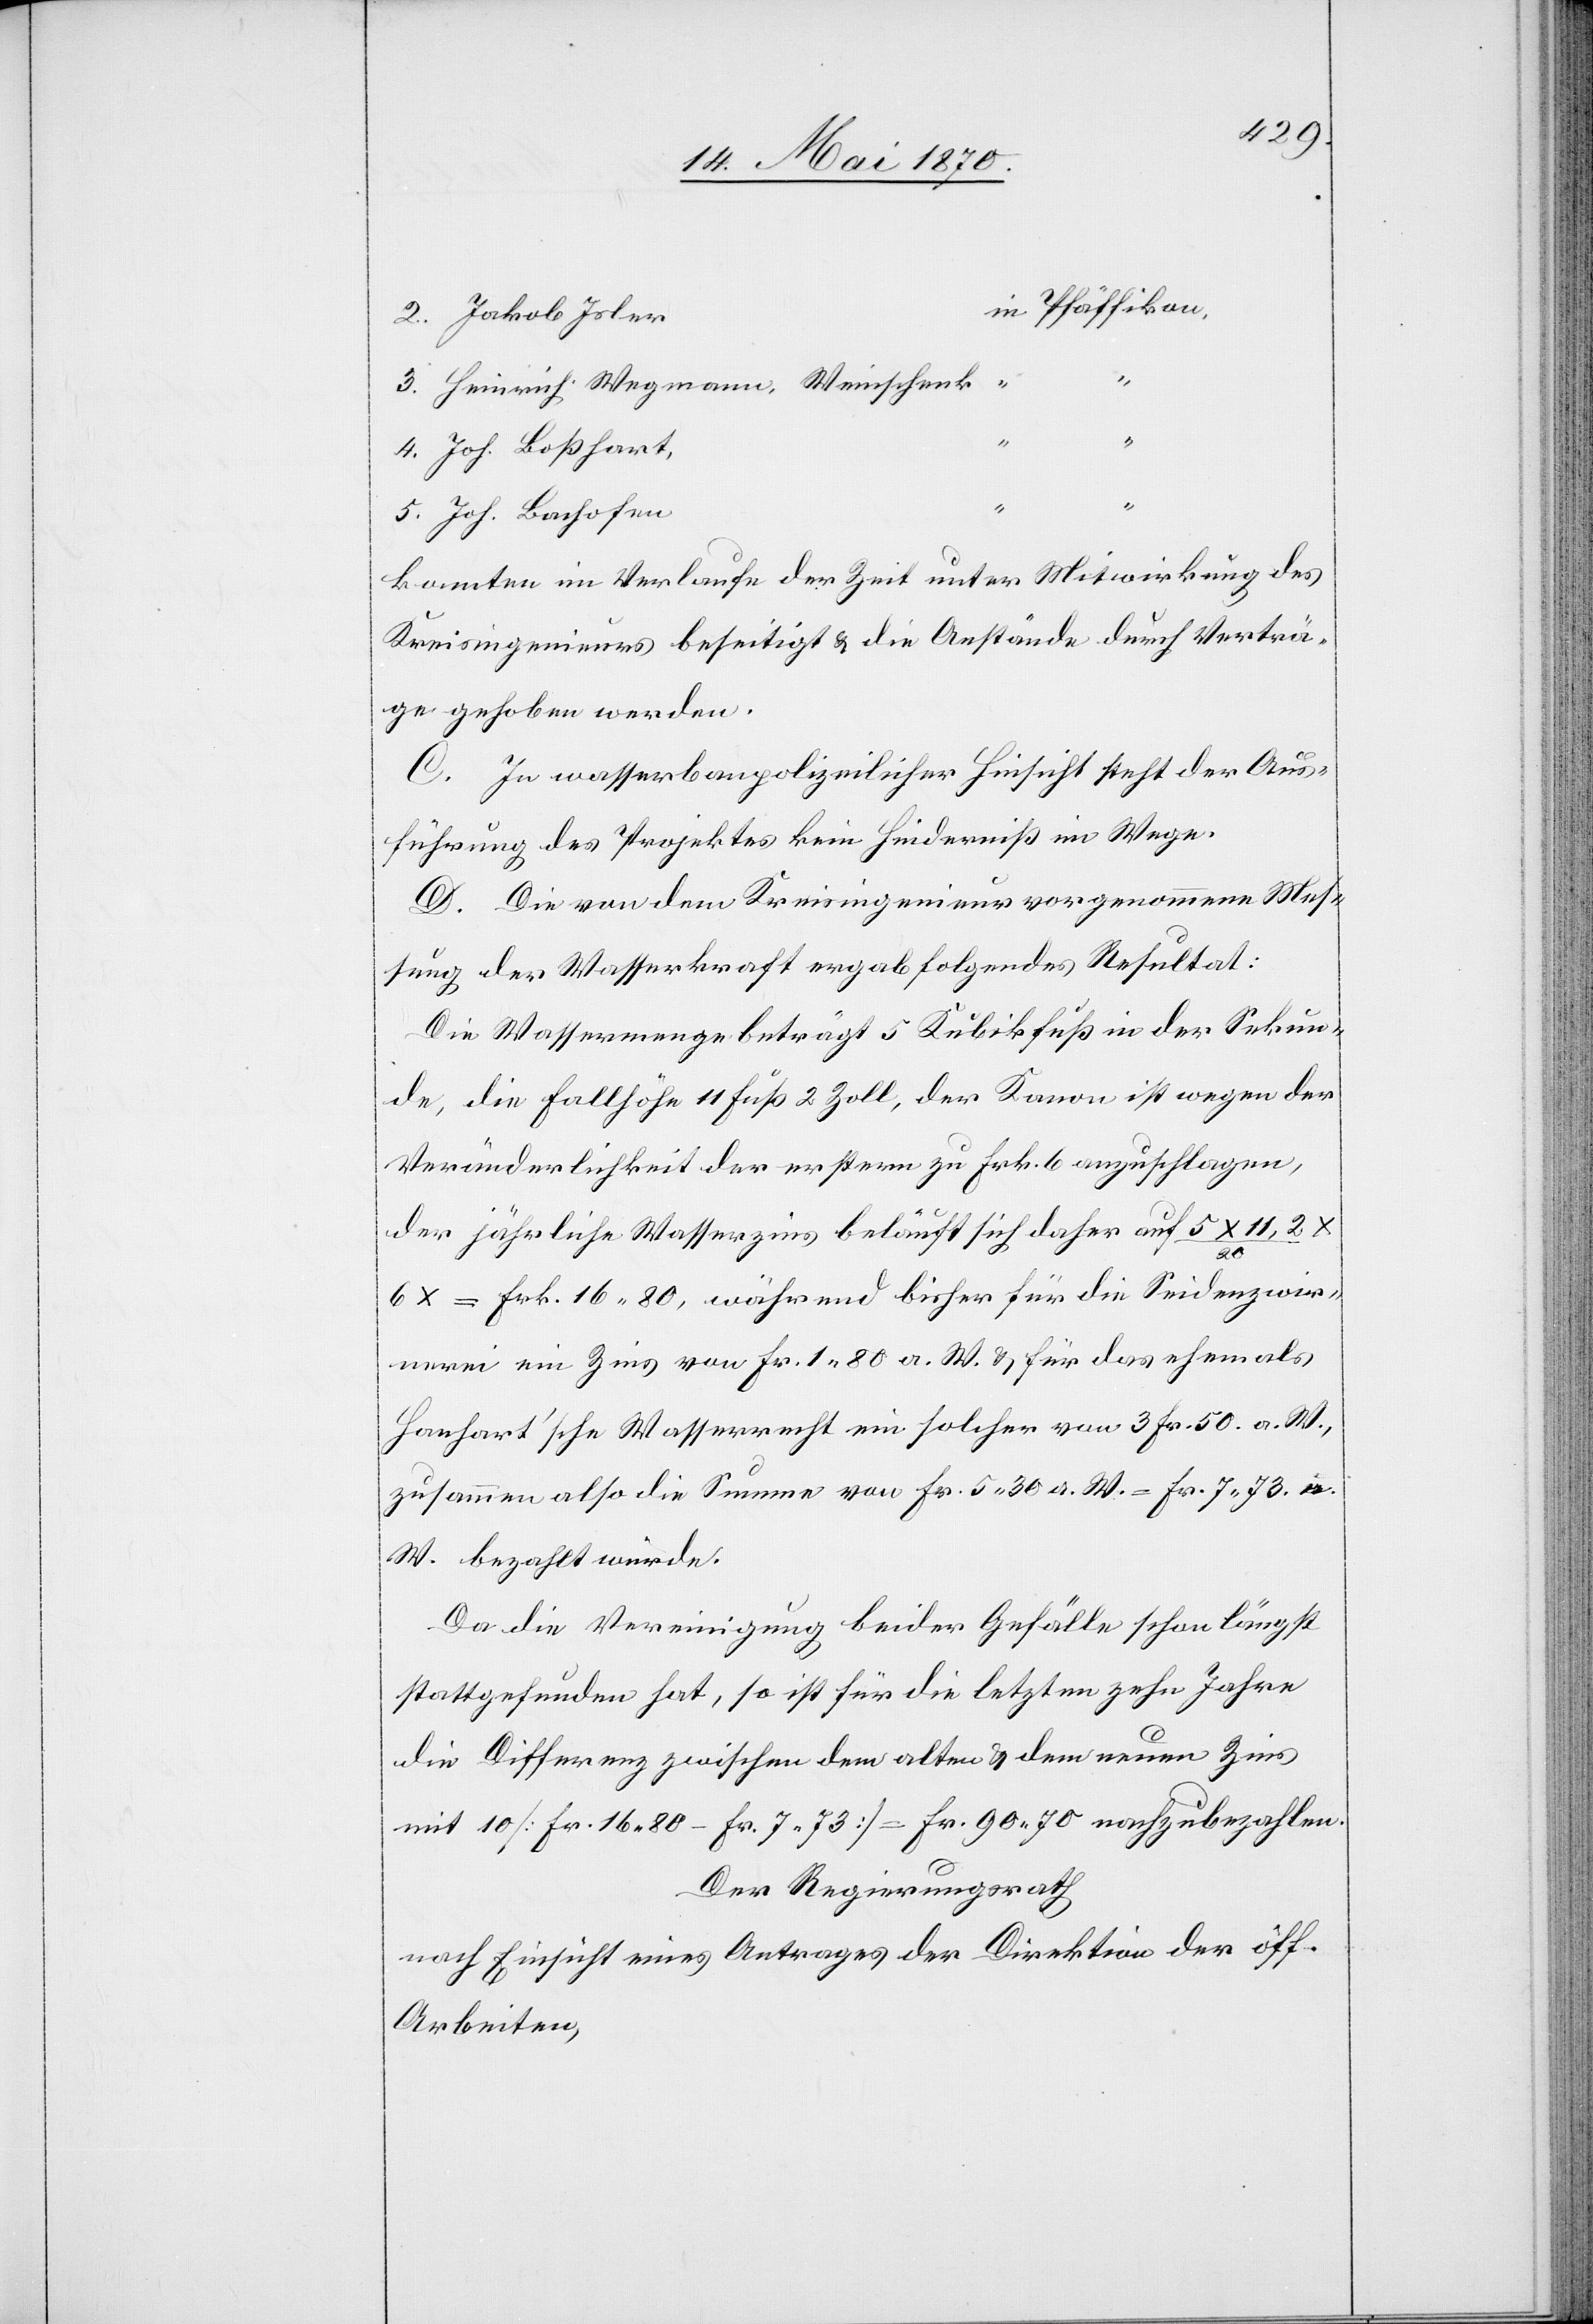
n Pfäffikon,
2. Jakob Isler	i¬
3. Heinrich Wegmann, Weinschenk,
4. Joh. Boßhart,
“
5. Joh. Bachofen
konnten im Verlaufe der Zeit unter Mitwirkung des
Kreisingenieurs beseitigt & die Anstände durch Verträ¬
ge gehoben werden.
C. In wasserbaupolizeilicher Hinsicht steht der Aus¬
führung des Projektes kein Hinderniß im Wege.
D. Die von dem Kreisingenieur vorgenommene Mes¬
sung der Wasserkraft ergab folgendes Resultat:
Die Wassermenge beträgt 5 Kubikfuß in der Sekun¬
de, die Fallhöhe 11 Fuß 2 Zoll, der Kanon ist wegen der
Veränderlichkeit der erstern zu Frk. 6 anzuschlagen,
der jährliche Wasserzins beläuft sich daher auf 5 x 11,2/20
= Frk. 16.80, während bisher für die Seidenzwir¬
nerei ein Zins von Fr. 1.80 a. W. & für das ehemals
Hanhart’sche Wasserrecht ein solcher von 3 Fr. 50 a. W.,
zusammen also die Summe von Fr. 5.30 a. W. = Fr. 7.73 a.
W. bezahlt wurde.
Da die Vereinigung beider Gefälle schon längst
stattgefunden hat, so ist für die letzten zehn Jahre
die Differenz zwischen dem alten & dem neuen Zins
mit 10 [Fr. 16.80 – Fr. 7.73] = Fr. 90.70 nachzubezahlen.
Der Regierungsrath
nach Einsicht eines Antrages der Direktion der öff.
Arbeiten,